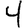
Digit: 4